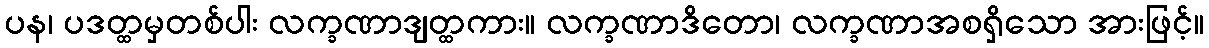
ပန၊ ပဒတ္ထမှတစ်ပါး လက္ခဏာဒျတ္ထကား။ လက္ခဏာဒိတော၊ လက္ခဏာအစရှိသော အားဖြင့်။